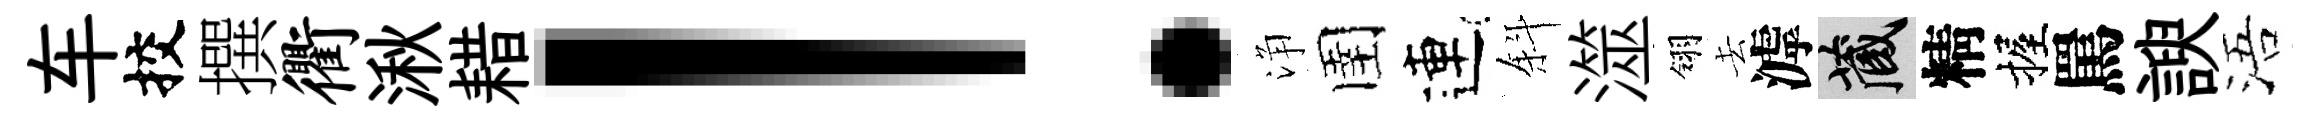
车挍撰衢湫耤！浄圉連斜澨翎去滹藏精握罵諛浯